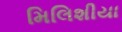
મિલિશીયા